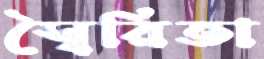
স্বৈরিতা